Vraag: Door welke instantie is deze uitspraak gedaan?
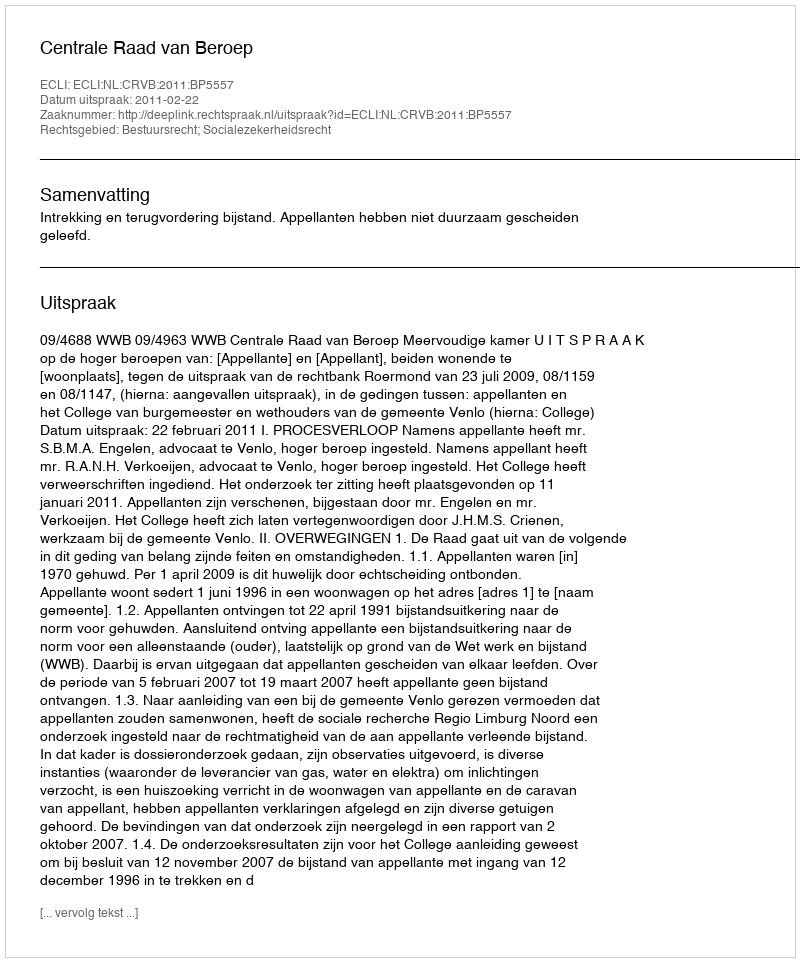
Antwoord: Centrale Raad van Beroep